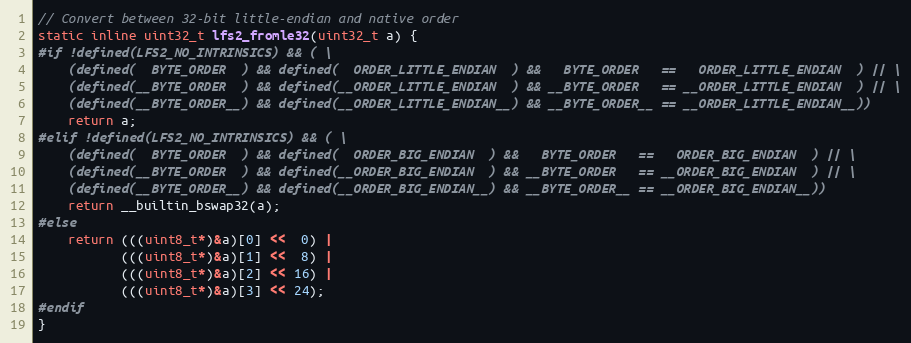
Language: C
// Convert between 32-bit little-endian and native order
static inline uint32_t lfs2_fromle32(uint32_t a) {
#if !defined(LFS2_NO_INTRINSICS) && ( \
    (defined(  BYTE_ORDER  ) && defined(  ORDER_LITTLE_ENDIAN  ) &&   BYTE_ORDER   ==   ORDER_LITTLE_ENDIAN  ) || \
    (defined(__BYTE_ORDER  ) && defined(__ORDER_LITTLE_ENDIAN  ) && __BYTE_ORDER   == __ORDER_LITTLE_ENDIAN  ) || \
    (defined(__BYTE_ORDER__) && defined(__ORDER_LITTLE_ENDIAN__) && __BYTE_ORDER__ == __ORDER_LITTLE_ENDIAN__))
    return a;
#elif !defined(LFS2_NO_INTRINSICS) && ( \
    (defined(  BYTE_ORDER  ) && defined(  ORDER_BIG_ENDIAN  ) &&   BYTE_ORDER   ==   ORDER_BIG_ENDIAN  ) || \
    (defined(__BYTE_ORDER  ) && defined(__ORDER_BIG_ENDIAN  ) && __BYTE_ORDER   == __ORDER_BIG_ENDIAN  ) || \
    (defined(__BYTE_ORDER__) && defined(__ORDER_BIG_ENDIAN__) && __BYTE_ORDER__ == __ORDER_BIG_ENDIAN__))
    return __builtin_bswap32(a);
#else
    return (((uint8_t*)&a)[0] <<  0) |
           (((uint8_t*)&a)[1] <<  8) |
           (((uint8_t*)&a)[2] << 16) |
           (((uint8_t*)&a)[3] << 24);
#endif
}